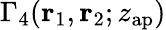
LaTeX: \Gamma_{4}\! \left(\mathbf{r}_{1},\mathbf{r}_{2};z_{\mathrm{ap}}\right)